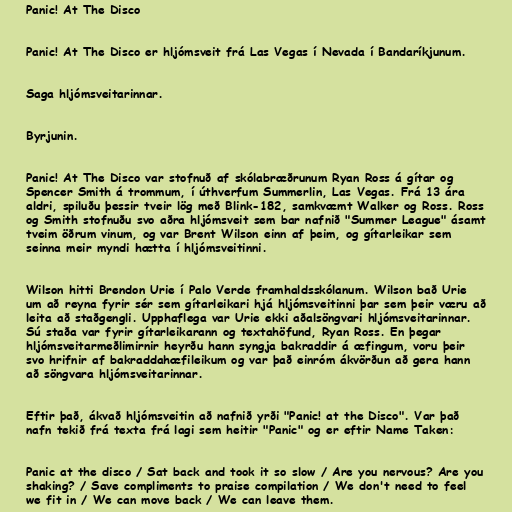
Panic! At The Disco

Panic! At The Disco er hljómsveit frá Las Vegas í Nevada í Bandaríkjunum.

Saga hljómsveitarinnar.

Byrjunin.

Panic! At The Disco var stofnuð af skólabræðrunum Ryan Ross á gítar og
Spencer Smith á trommum, í úthverfum Summerlin, Las Vegas. Frá 13 ára
aldri, spiluðu þessir tveir lög með Blink-182, samkvæmt Walker og Ross. Ross
og Smith stofnuðu svo aðra hljómsveit sem bar nafnið "Summer League" ásamt
tveim öðrum vinum, og var Brent Wilson einn af þeim, og gítarleikar sem
seinna meir myndi hætta í hljómsveitinni.

Wilson hitti Brendon Urie í Palo Verde framhaldsskólanum. Wilson bað Urie
um að reyna fyrir sér sem gítarleikari hjá hljómsveitinni þar sem þeir væru að
leita að staðgengli. Upphaflega var Urie ekki aðalsöngvari hljómsveitarinnar.
Sú staða var fyrir gítarleikarann og textahöfund, Ryan Ross. En þegar
hljómsveitarmeðlimirnir heyrðu hann syngja bakraddir á æfingum, voru þeir
svo hrifnir af bakraddahæfileikum og var það einróm ákvörðun að gera hann
að söngvara hljómsveitarinnar.

Eftir það, ákvað hljómsveitin að nafnið yrði "Panic! at the Disco". Var það
nafn tekið frá texta frá lagi sem heitir "Panic" og er eftir Name Taken:

Panic at the disco / Sat back and took it so slow / Are you nervous? Are you
shaking? / Save compliments to praise compilation / We don't need to feel
we fit in / We can move back / We can leave them.